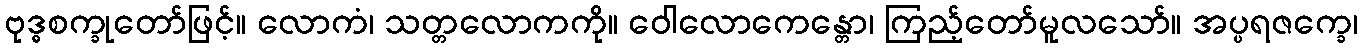
ဗုဒ္ဓစက္ခုတော်ဖြင့်။ လောကံ၊ သတ္တလောကကို။ ဝေါလောကေန္တော၊ ကြည့်တော်မူလသော်။ အပ္ပရဇက္ခေ၊